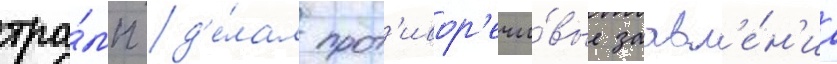
тра́мп д'е́лал прот'ивор'ечи́вые заавл'е́н'иа